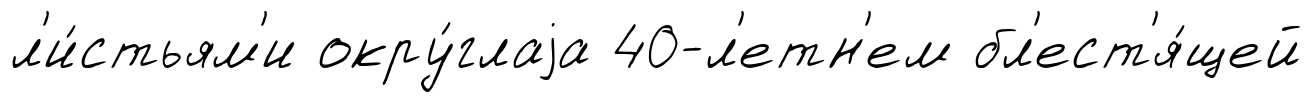
л'и́стьям'и окру́глаjа 40-л'етн'ем бл'ест'я́щей